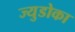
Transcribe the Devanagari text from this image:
ज्युडोका